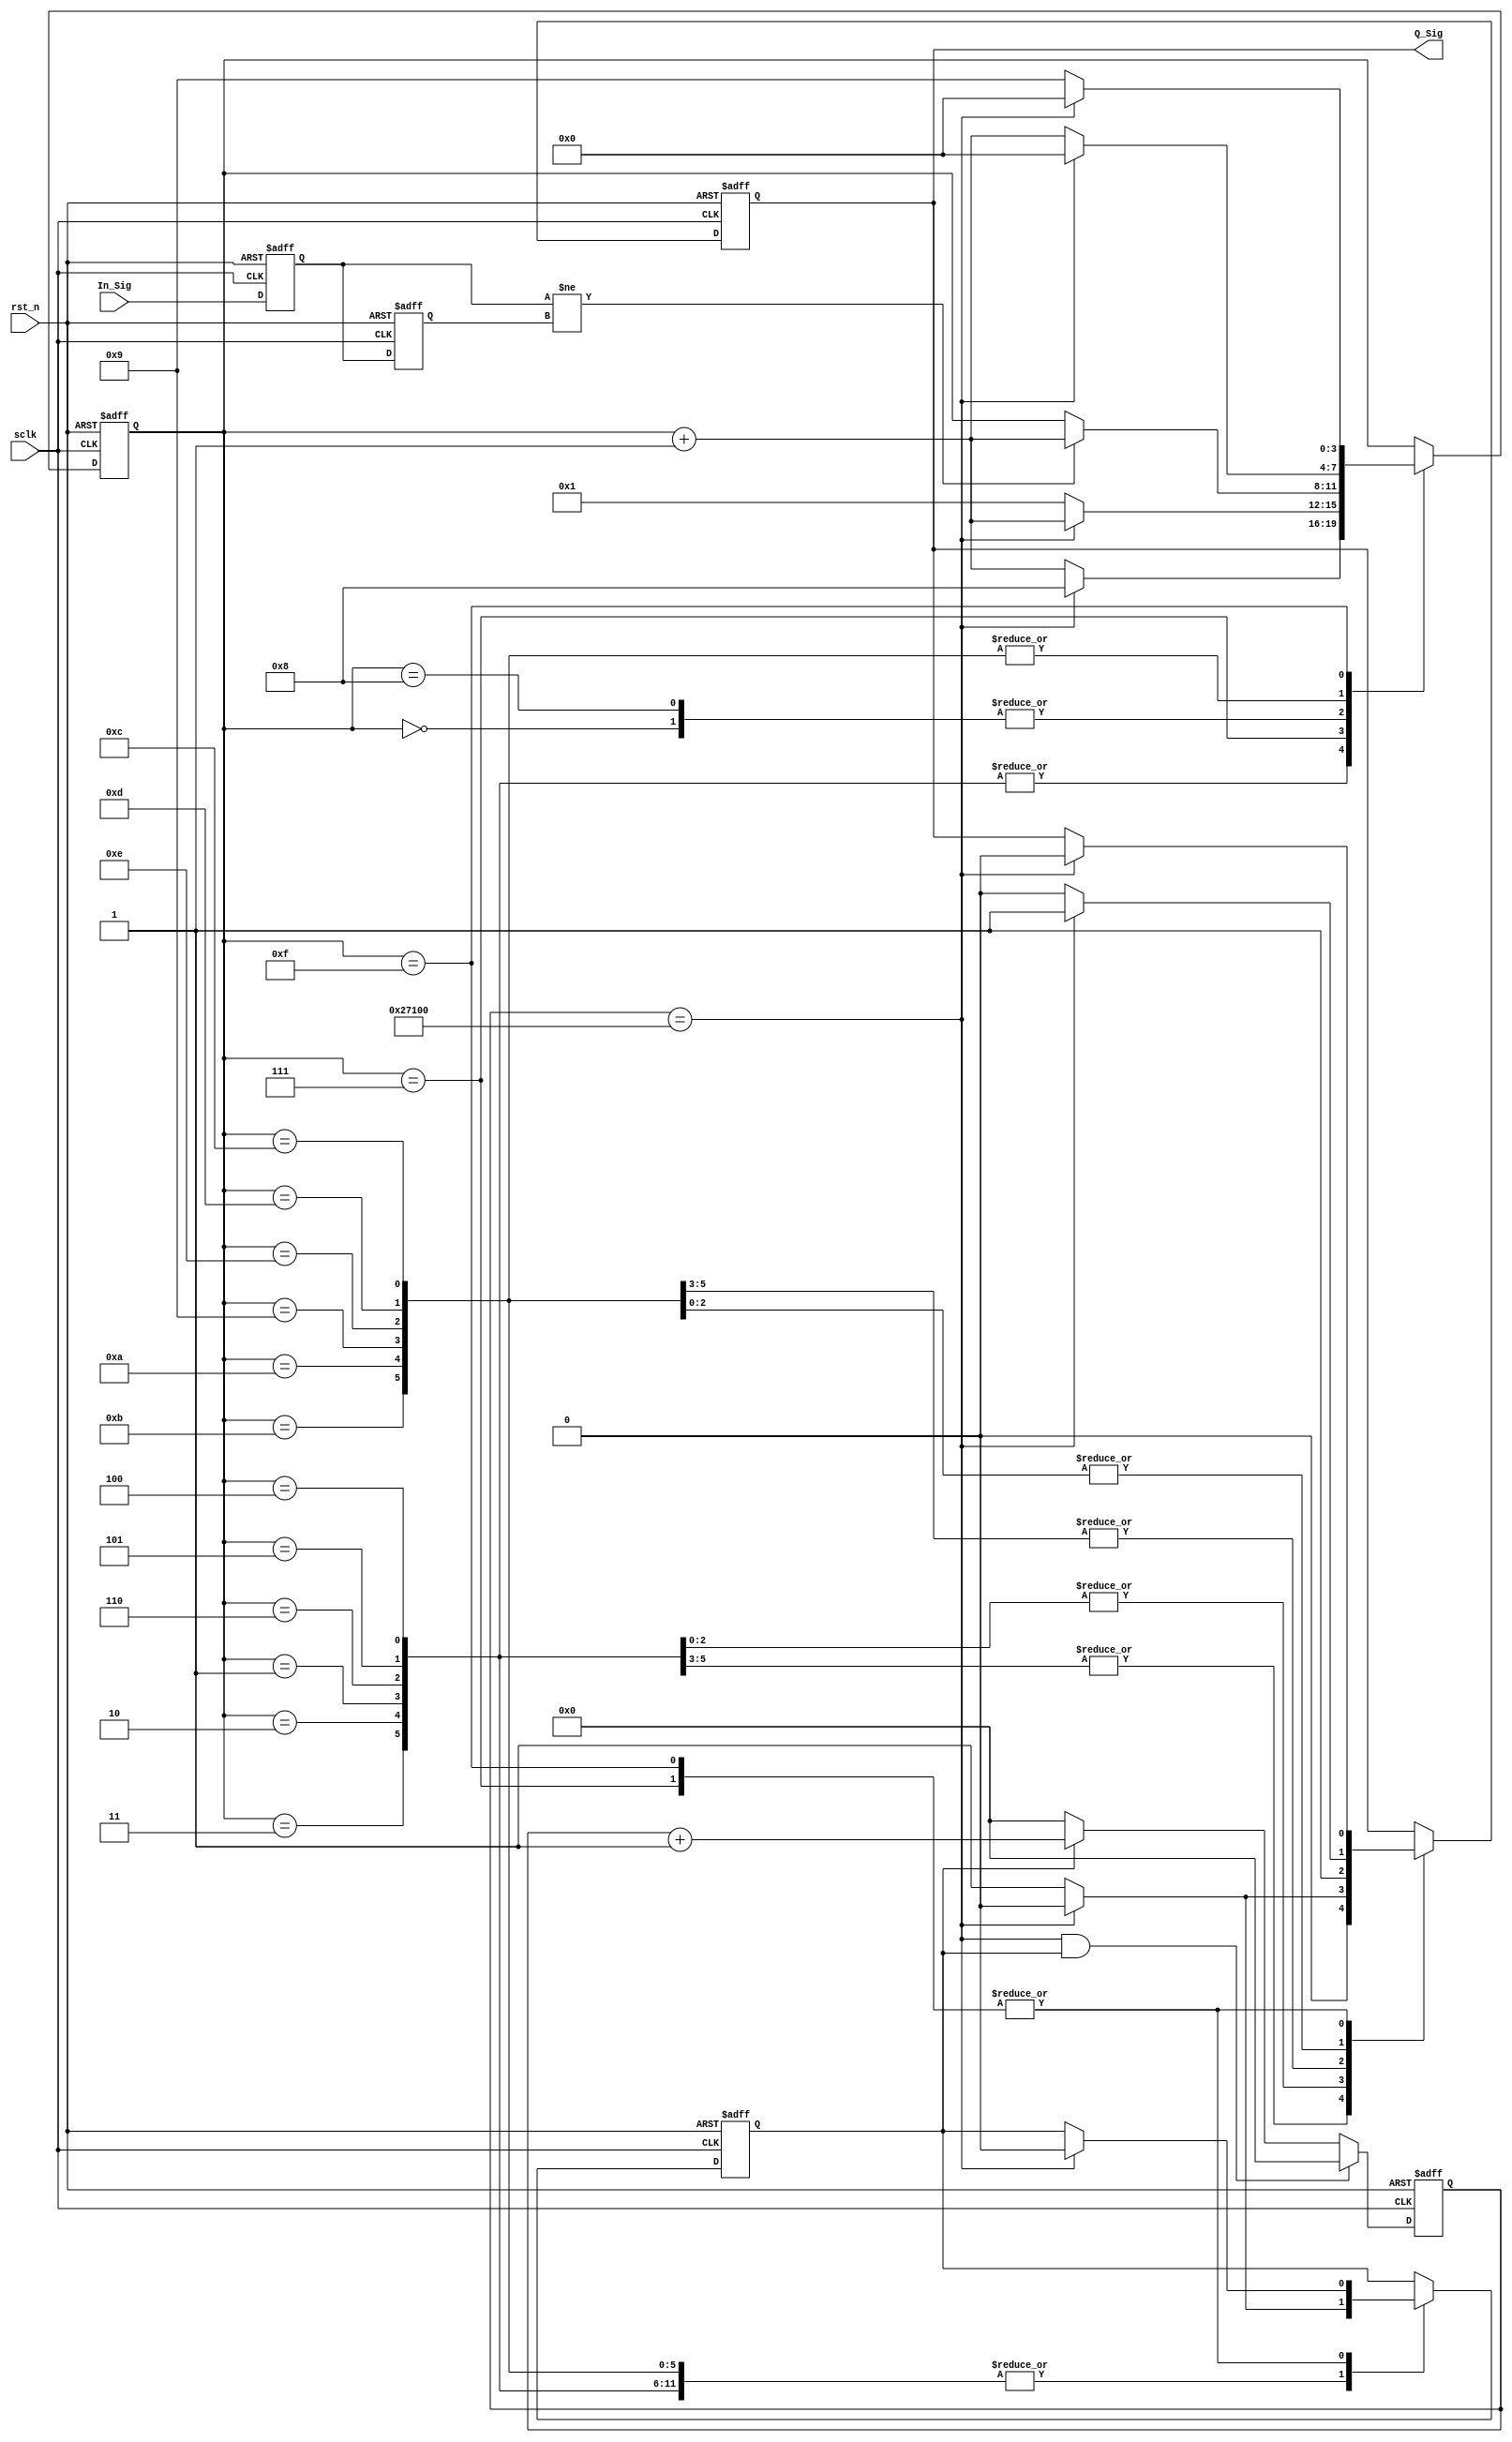
module vir_key_module (
							input sclk,
							input rst_n,
							input In_Sig,
							output Q_Sig
						);
	reg F1;
	reg F2;
	
	always @ ( posedge sclk or negedge rst_n )
		if(!rst_n)
			begin
				{F1,F2} <= 2'b11;
			end
		else
			{F1,F2} <= {In_Sig,F1};
//************************************************
	parameter T8ms = 18'd160000;
	reg [17:0] Count_8ms;
	
	reg isCount;
	
	always @ ( posedge sclk or negedge rst_n )
		if(!rst_n)
			begin
				Count_8ms <= 18'd0;
			end
		else if( Count_8ms == T8ms && isCount )
			Count_8ms <= 18'd0;
		else if(isCount)
			Count_8ms <= Count_8ms +1'b1;
		else if( !isCount )
			Count_8ms <= 18'd0;
//****************************************************
reg [3:0] i;
reg isBounce;
always @ ( posedge sclk or negedge rst_n )
	if(!rst_n)
		begin
			i <= 4'd0;
			isBounce <= 1'b1;
			isCount <= 1'b0;
		end
	else 
		case(i)
			0:
				if( F1!= F2 )
					i <= i +1'b1;
			1,2,3:
				if(Count_8ms == T8ms )
					begin
						isCount <= 1'b0;
						isBounce <= 1'b0;
						i <= 4'd8;
					end
				else
					begin
						isCount <= 1'b1;
						isBounce <= 1'b0;
						i <= i + 1'b1 ;
					end
			4,5,6:
				if(Count_8ms == T8ms )
					begin
						isCount <= 1'b0;
						isBounce <= 1'b0;
						i <= 4'd8;
					end
				else
					begin
						isCount <= 1'b1;
						isBounce <= 1'b1;
						i <= i + 1'b1 ;
					end	
			7:
				if(Count_8ms == T8ms )
						begin
							i <= i +1'b1;
							isCount <= 1'b0;
							isBounce <= 1'b0;
						end
				else i <=4'b1;
			8:
				if( F1!= F2 )
					i <= i +1'b1;
			9,10,11:
				if(Count_8ms == T8ms )
					begin
						isCount <= 1'b0;
						isBounce <= 1'b1;
						i <= 4'd0;
					end
				else
					begin
						isCount <= 1'b1;
						isBounce <= 1'b1;
						i <= i + 1'b1 ;
					end	
			12,13,14:
				if(Count_8ms == T8ms )
					begin
						isCount <= 1'b0;
						isBounce <= 1'b1;
						i <= 4'd0;
					end
				else
					begin
						isCount <= 1'b1;
						isBounce <= 1'b0;
						i <= i + 1'b1 ;
					end	
			15:
				if(Count_8ms == T8ms )
					begin
						isCount <= 1'b0;
						isBounce <= 1'b0;
						i <= 4'd0;
					end
				else
					i <= 4'd9;
		endcase
	//****************************************	
	assign Q_Sig = isBounce;
	//*****************************
	endmodule